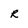
Character: R